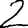
Digit: 2